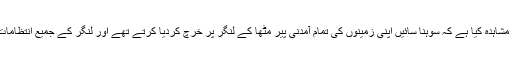
اس چیز کا میں نے بغور مشاہدہ کیا ہے کہ سوہنا سائیں اپنی زمینوں کی تمام آمدنی پیر مٹھاؒ کے لنگر پر خرچ کردیا کرتے تھے اور لنگر کے جمیع انتظامات آپ خود سنبھالتے تھے۔